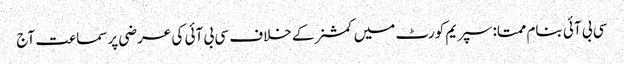
سی بی آئی بنام ممتا:سپریم کورٹ میں کمشنرکے خلاف سی بی آئی کی عرضی پرسماعت آج